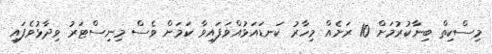
މިސްކިތް ބިނާކުރުމަށް 10 ރަށެއް މިހާރު ކަނޑައަޅުއްވަފައިވާ ކަމަށް ވެސް މިނިސްޓަރު ވިދާޅުވެފައި